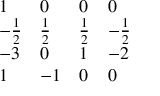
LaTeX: \begin{array} { l l l l } { { 1 } } & { { 0 } } & { { 0 } } & { { 0 } } \\ { { - { \frac { 1 } { 2 } } } } & { { { \frac { 1 } { 2 } } } } & { { { \frac { 1 } { 2 } } } } & { { - { \frac { 1 } { 2 } } } } \\ { { - 3 } } & { { 0 } } & { { 1 } } & { { - 2 } } \\ { { 1 } } & { { - 1 } } & { { 0 } } & { { 0 } } \end{array}